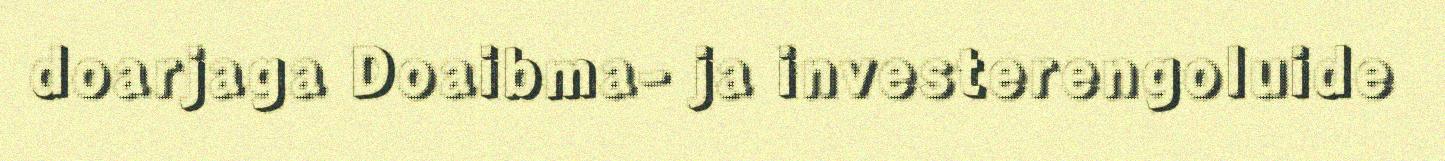
doarjaga Doaibma- ja investerengoluide